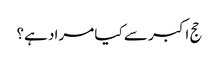
حج اکبر سے کیا مراد ہے؟